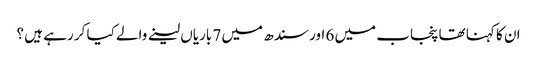
ان کا کہنا تھا پنجاب میں 6 اور سندھ میں 7 باریاں لینے والے کیا کر رہے ہیں ؟